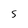
Character: S